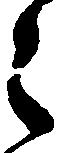
之